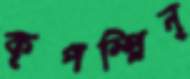
কৃপস্প্লিন্